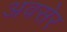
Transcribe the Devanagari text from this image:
अवसेर